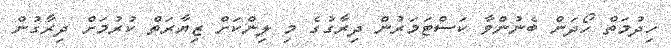
ހިދުމަތް ހޯދަން ބެނުންވާ ކަސްޓަމަރުން ދިރާގުގެ މި ލިންކަށް ޒިޔާރަތް ކުރުމަށް ދިރާގުން